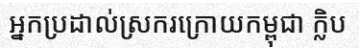
អ្នកប្រដាល់ស្រករក្រោយកម្ពុជា ក្លិប